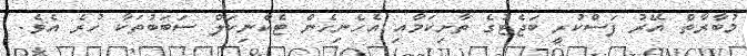
މުބާރާތް އޭރު ފަސްކުރީ ބަޖެޓުގެ ތާށިކަމާއި އެހެނިހެން ޓެކްނިކަލް ސަބަބުތަކާ ހުރެ އެވެ.